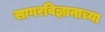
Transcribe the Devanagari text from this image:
सागरविज्ञानाच्या